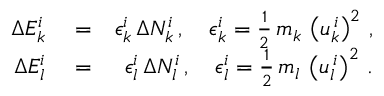
\begin{array} { r l r } { \Delta E _ { k } ^ { i } } & { { } = } & { \epsilon _ { k } ^ { i } \, \Delta N _ { k } ^ { i } \, , \quad \epsilon _ { k } ^ { i } = \frac { 1 } { 2 } \, m _ { k } \, \left( u _ { k } ^ { \, i } \right) ^ { 2 } \, , } \\ { \Delta E _ { l } ^ { i } } & { { } = } & { \epsilon _ { l } ^ { i } \, \Delta N _ { l } ^ { i } \, , \quad \epsilon _ { l } ^ { i } = \frac { 1 } { 2 } \, m _ { l } \, \left( u _ { l } ^ { \, i } \right) ^ { 2 } \, . } \end{array}